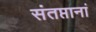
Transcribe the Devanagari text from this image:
संतप्तानां